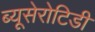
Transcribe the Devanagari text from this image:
ब्यूसेरोटिडी